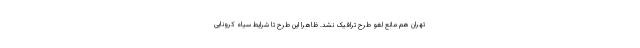
تهران هم مانع لغو طرح ترافیک نشد. ظاهرا این طرح تا شرایط سیاه کرونایی